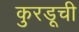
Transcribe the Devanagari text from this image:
कुरडूची